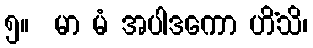
၅။  မာ မံ အပါဒကော ဟိံသိ၊